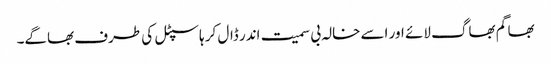
بھاگم بھاگ لائے اور اسے خالہ بی سمیت اندر ڈال کر ہاسپٹل کی طرف بھاگے۔